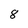
Character: 8